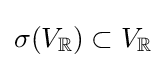
\sigma (V_{\mathbb {R} })\subset V_{\mathbb {R} }